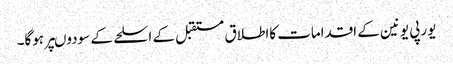
یورپی یونین کے اقدامات کااطلاق مستقبل کے اسلحے کے سودوںپر ہوگا۔